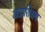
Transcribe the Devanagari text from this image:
खंडाशिवाय